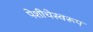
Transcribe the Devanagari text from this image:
पेशीचेस्वरूप